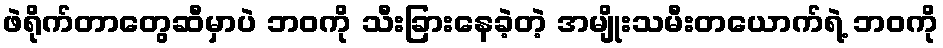
ဖဲရိုက်တာတွေဆီမှာပဲ ဘဝကို သီးခြားနေခဲ့တဲ့ အမျိုးသမီးတယောက်ရဲ့ ဘဝကို